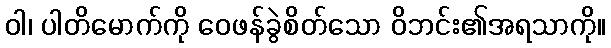
ဝါ၊ ပါတိမောက်ကို ဝေဖန်ခွဲစိတ်သော ဝိဘင်း၏အရသာကို။